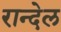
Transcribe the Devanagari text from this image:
रान्देल